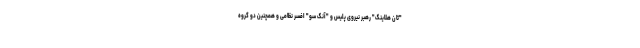
"ثان هلاینگ" رهبر نیروی پلیس و "آنگ سو" افسر نظامی و همچنین دو گروه